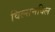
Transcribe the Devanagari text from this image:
विल्सनविल